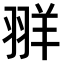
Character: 𫅧